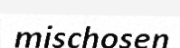
mischosen